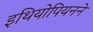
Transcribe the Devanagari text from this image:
इथियोपियनने